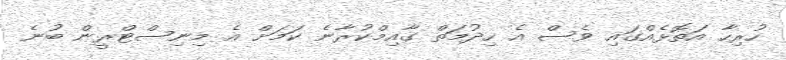
ހުރިހާ އަތޮޅެއްގައި ވެސް އެ ހިދުމަތް ގާއިމްކުރާނެ ކަމަށް އެ މިނިސްޓްރީން ބުނެ